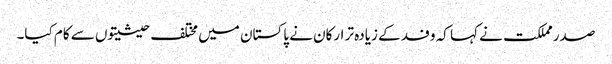
صدر مملکت نے کہا کہ وفد کے زیادہ تر ارکان نے پاکستان میں مختلف حیثیتوں سے کام کیا۔